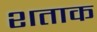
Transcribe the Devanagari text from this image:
शताक